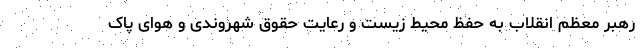
رهبر معظم انقلاب به حفظ محیط زیست و رعایت حقوق شهروندی و هوای پاک